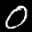
Label: 0